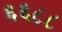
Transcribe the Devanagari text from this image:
६६८८